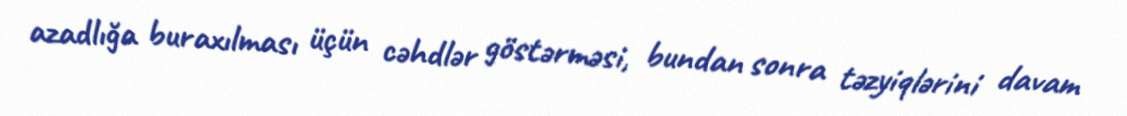
azadlığa buraxılması üçün cəhdlər göstərməsi, bundan sonra təzyiqlərini davam